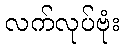
လက်လုပ်ဗုံး